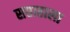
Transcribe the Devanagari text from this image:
सप्ताहाला